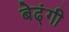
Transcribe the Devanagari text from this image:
बेढ्ंगी